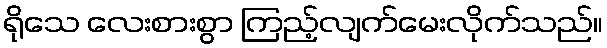
ရိုသေ လေးစားစွာ ကြည့်လျက်မေးလိုက်သည်။